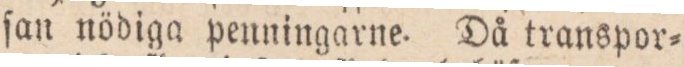
ſan nödiga penningarne. Då transpor=